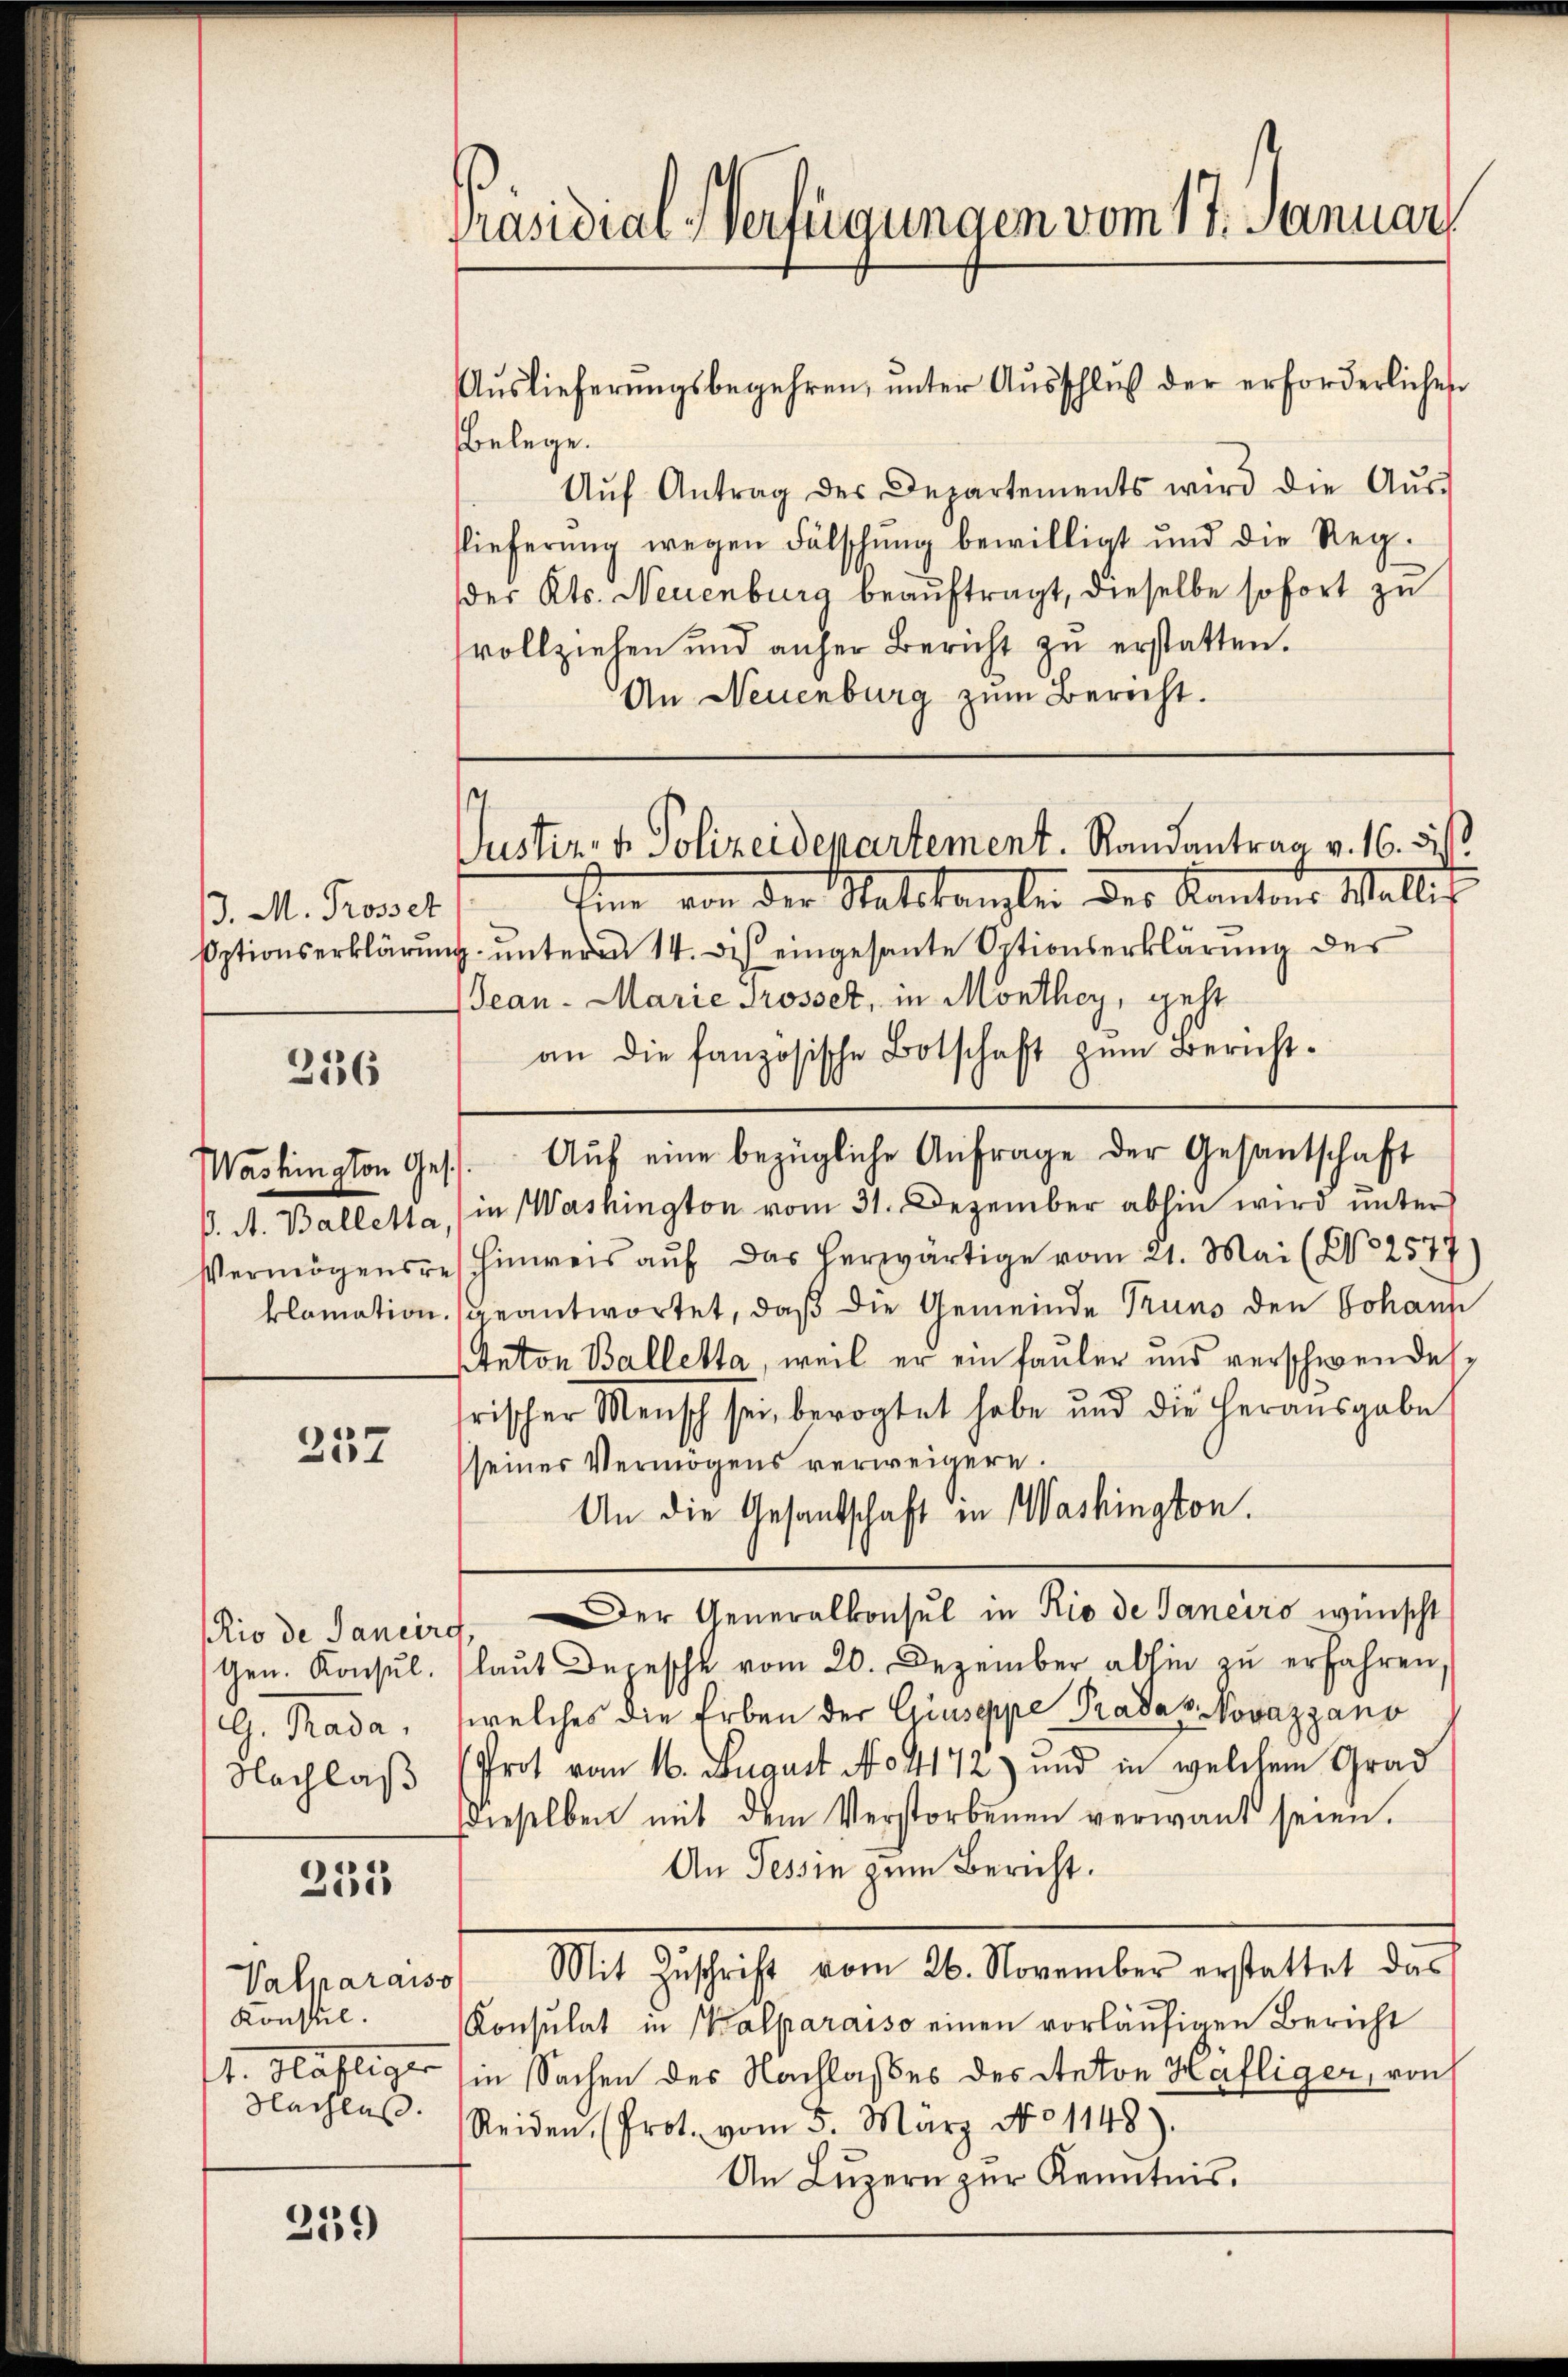
/. M. Proset

236

357

Rio de Sancirc
G. Hase
Nachlaß

235

Valparaiso
Konsul
Nachlas.

259

hine von der Stattkanzlei der Kantons Wallis,
pptionserklärung unteren 14. des eingesante Optionserklärung des
Jean - Marie Prosset, in Monthey, geht
an die fanzösische Botschaft zum Berichtß. A. Balletta, in Washington vom 31. Dezember abhin wird unter
Vermögensres hinweis aŭf das herwärtige vom 21. Mai (No 2577
klomation geantwortet, daß die Gemeinde Truns den Johann
Anton Balletta, weil er ein fauler und verschwendesfrischer Mensch sei, bevogtet habe und die herausgabe
seiner Vermögens verweigern.
An die Gesantschaft in Washington.
Der Generalkonsul in Rio de Janeiro wünscht
Gen. Konsŭl. (laŭt Depesche vom 20. Dezember abhin zŭ erfahren,
welches die Erben der Giuseppe Prada v. Novazzano
Prot vom 16. August No 4172) und in welchem Grad
dieselben mit dem Verstorbenen verwant seien.
An Tessin zum Bericht.
Mit Zŭschrift vom 26. November erstattet das
Konsulat in Walparaiso einen vorläufigen Bericht
t. Häfliger in Sachen des Nachlaßes des Anton Häfliger, von
Reiden (Prot. vom 5. März No 1148).
An Luzern zur Kenntnis.

Präsidial-Verfügungen vom 17. Januar

Auslieferŭngsbegehren, ŭnter Aŭsschluß der erforderlichen
Belege.
Aŭf Antrag des Departements wird die Aŭs-
slieferung wegen Fälschung bewilligt und die Regder Kts. Neuenburg beauftragt, dieselbe sofort zu
vollziehen und anher Bericht zŭ erstatten.
An Neuenburg zum Bericht.

.
Justiz- & Polizeidepartement. Randantrag v. 16. Fis

Washington Ges. Aŭf eine bezügliche Anfrage der Gesantschaft